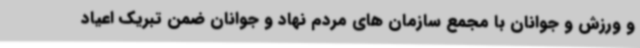
و ورزش و جوانان با مجمع سازمان های مردم نهاد و جوانان ضمن تبریک اعیاد